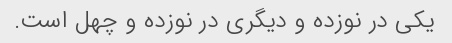
یکی در نوزده و دیگری در نوزده و چهل است.